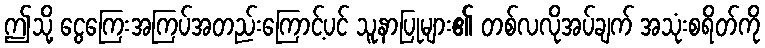
ဤသို့ ငွေကြေးအကြပ်အတည်းကြောင့်ပင် သူနာပြုများ၏ တစ်လလိုအပ်ချက် အသုံးစရိတ်ကို